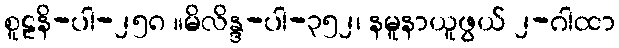
စူဠနိ-ပါ-၂၅၈ ။မိလိန္ဒ-ပါ-၃၅၂၊ နမူနာယူဖွယ် ၂-ဂါထာ